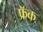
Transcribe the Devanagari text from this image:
फ्रॅक